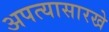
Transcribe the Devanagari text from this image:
अपत्यासारखे